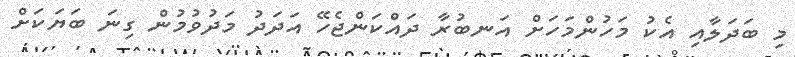
މި ބަދަލާއި އެކު މަހުންމަހަށް އަނބުރާ ދައްކަންޖެހޭ އަދަދު މަދުވުުމުން ގިނަ ބަޔަކަށް